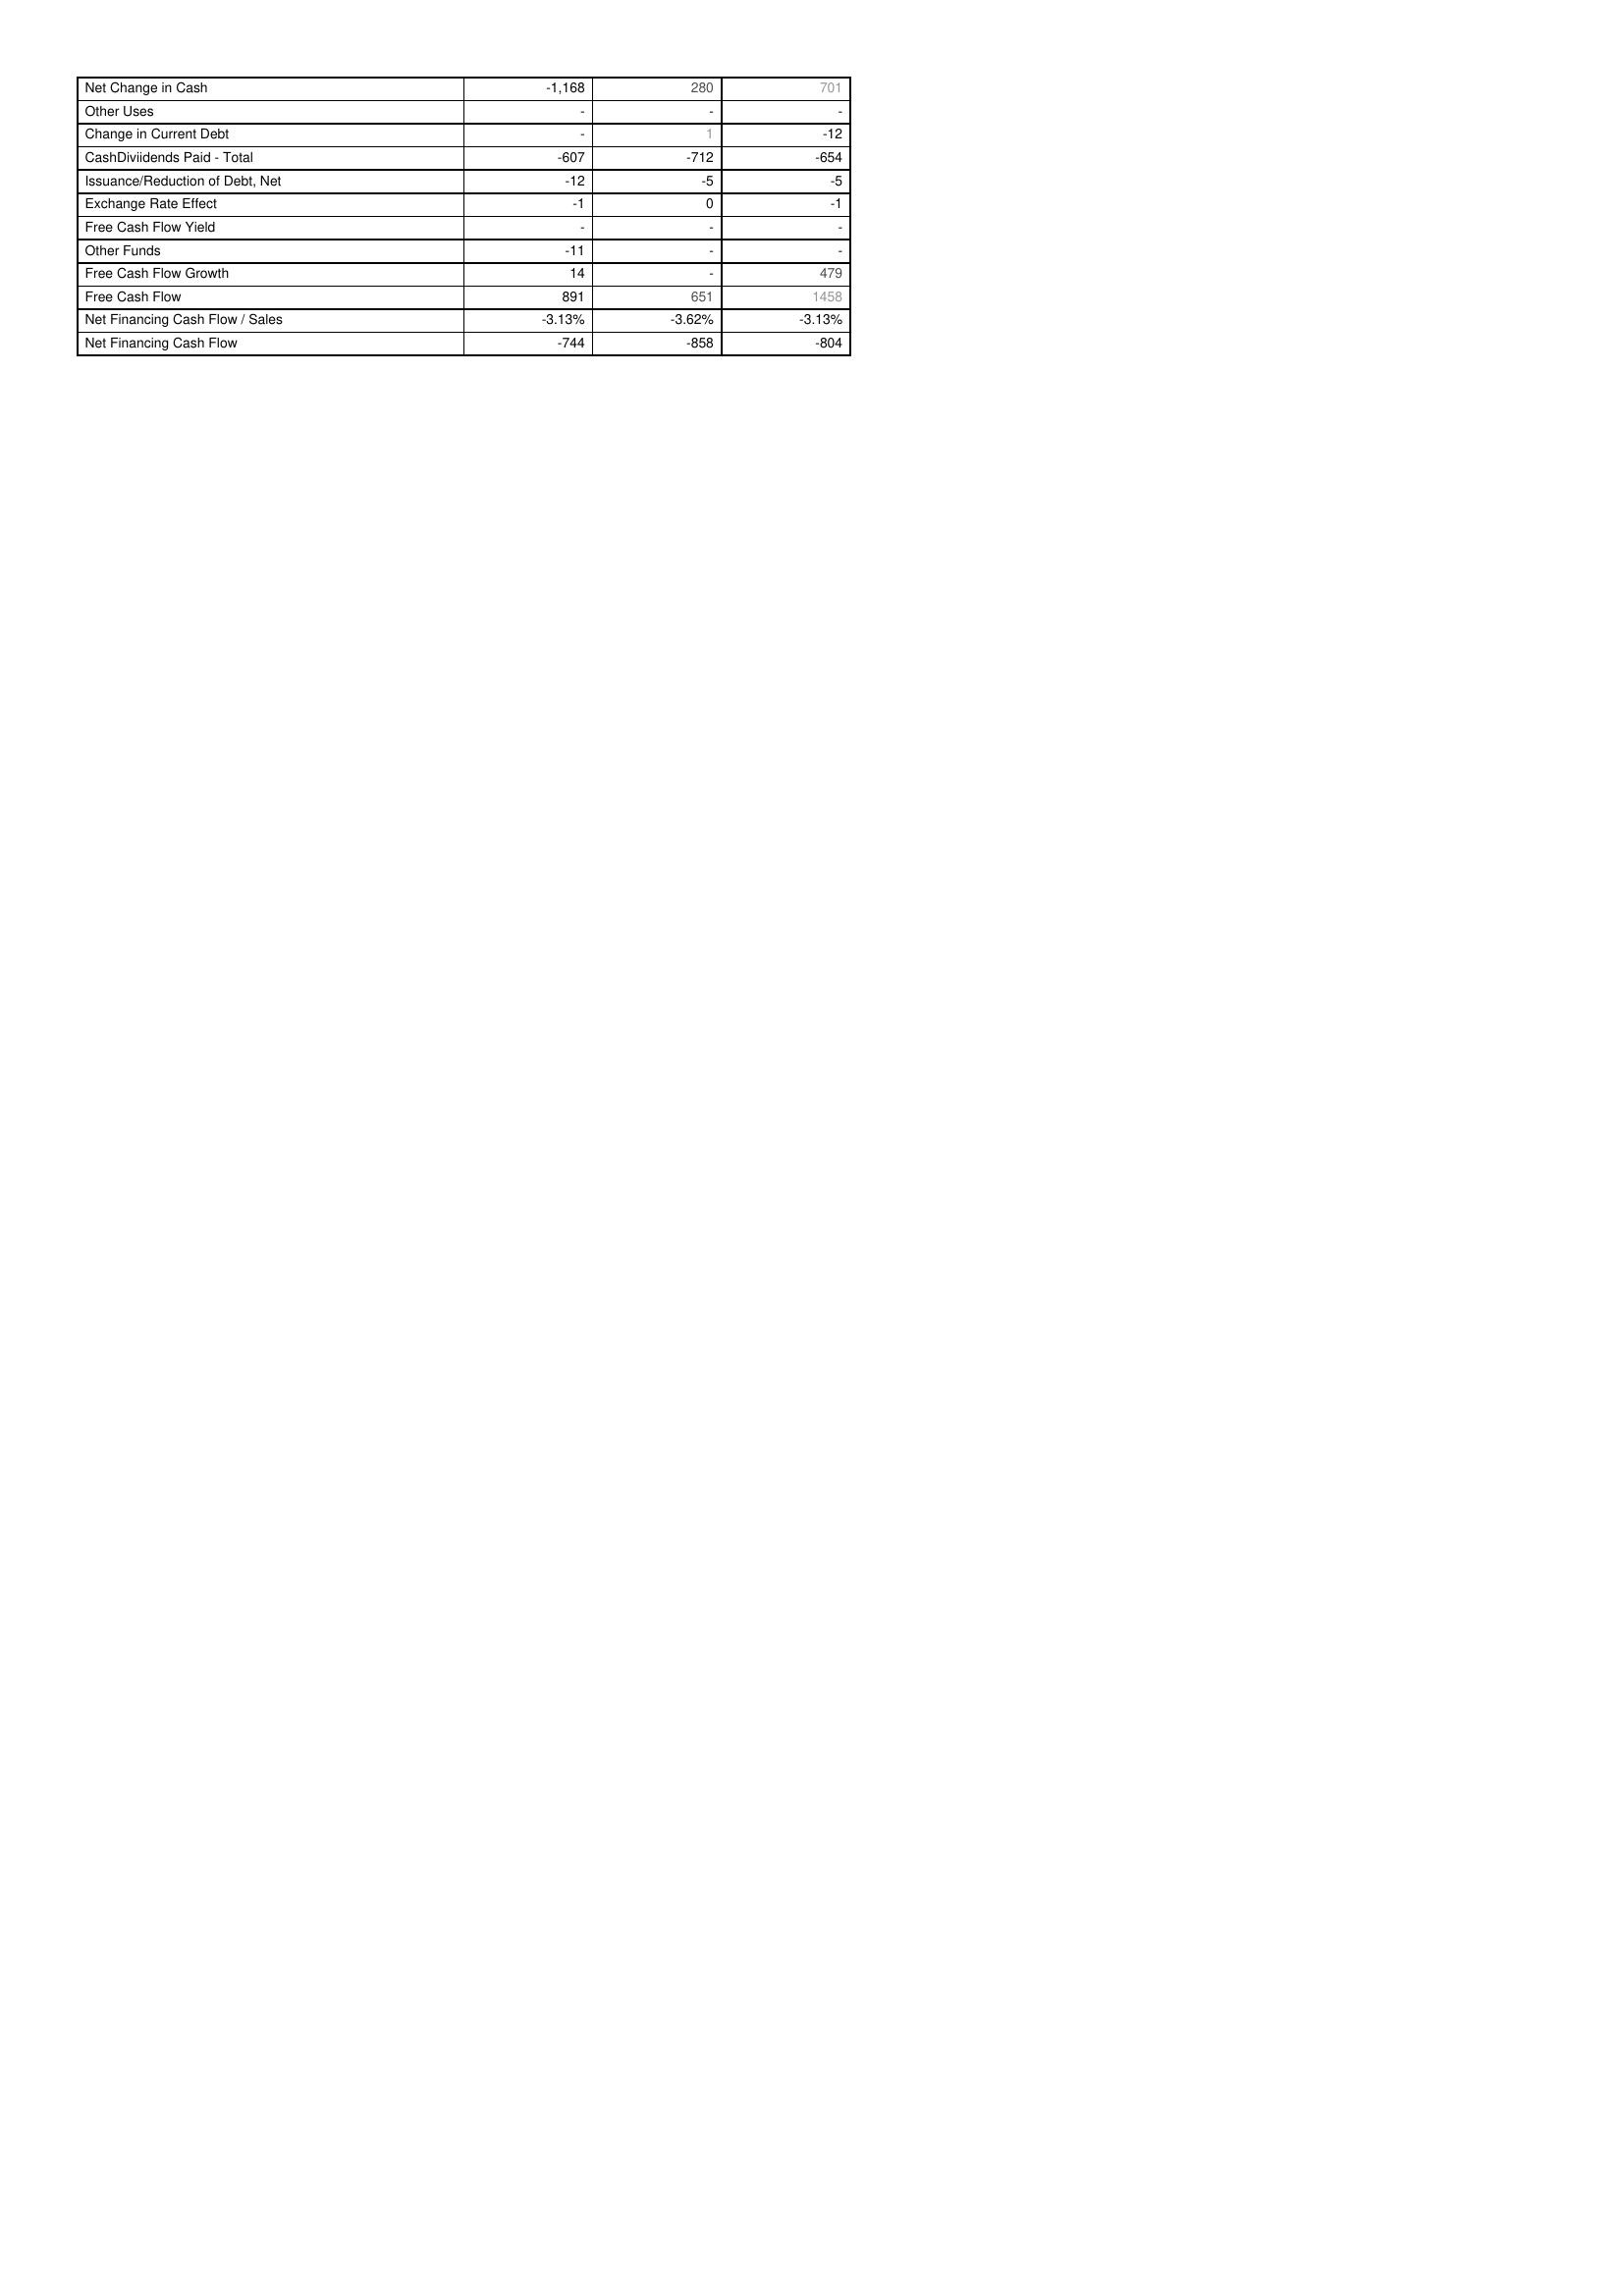
2007: Financing Activities: Net Change in Cash: -1,168
Other Uses: -
Change in Current Debt: -
CashDiviidends Paid - Total: -607
Issuance/Reduction of Debt, Net: -12
Exchange Rate Effect: -1
Free Cash Flow Yield: -
Other Funds: -11
Free Cash Flow Growth: 14
Free Cash Flow: 891
Net Financing Cash Flow / Sales: -3.13%
Net Financing Cash Flow: -744
2006: Financing Activities: Net Change in Cash: 280
Other Uses: -
Change in Current Debt: 1
CashDiviidends Paid - Total: -712
Issuance/Reduction of Debt, Net: -5
Exchange Rate Effect: 0
Free Cash Flow Yield: -
Other Funds: -
Free Cash Flow Growth: -
Free Cash Flow: 651
Net Financing Cash Flow / Sales: -3.62%
Net Financing Cash Flow: -858
2005: Financing Activities: Net Change in Cash: 701
Other Uses: -
Change in Current Debt: -12
CashDiviidends Paid - Total: -654
Issuance/Reduction of Debt, Net: -5
Exchange Rate Effect: -1
Free Cash Flow Yield: -
Other Funds: -
Free Cash Flow Growth: 479
Free Cash Flow: 1458
Net Financing Cash Flow / Sales: -3.13%
Net Financing Cash Flow: -804